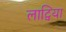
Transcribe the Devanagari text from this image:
लाट्विया